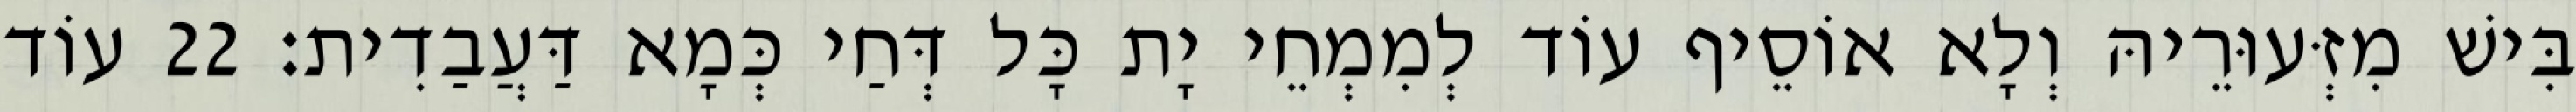
בִּישׁ מִזְּעוּרֵיהּ וְלָא אוֹסֵיף עוֹד לְמִמְחֵי יָת כָּל דְּחַי כְּמָא דַּעֲבַדִית׃ 22 עוֹד